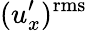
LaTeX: (u_{x}^{\prime})^{\mathrm{rms}}